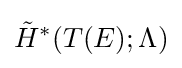
{\tilde {H}}^{*}(T(E);\Lambda )